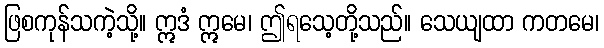
ဖြစကုန်သကဲ့သို့။ ဣဒံ ဣမေ၊ ဤရသေ့တို့သည်။ သေယျထာ ကတမေ၊